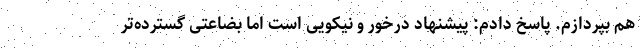
هم بپردازم. پاسخ دادم: پیشنهاد درخور و نیکویی است اما بضاعتی گسترده‌تر